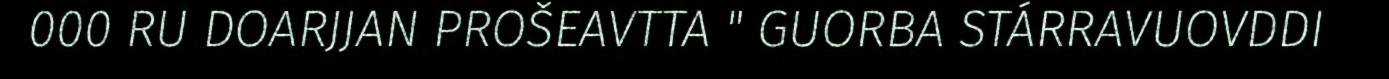
000 RU DOARJJAN PROŠEAVTTA " GUORBA STÁRRAVUOVDDI